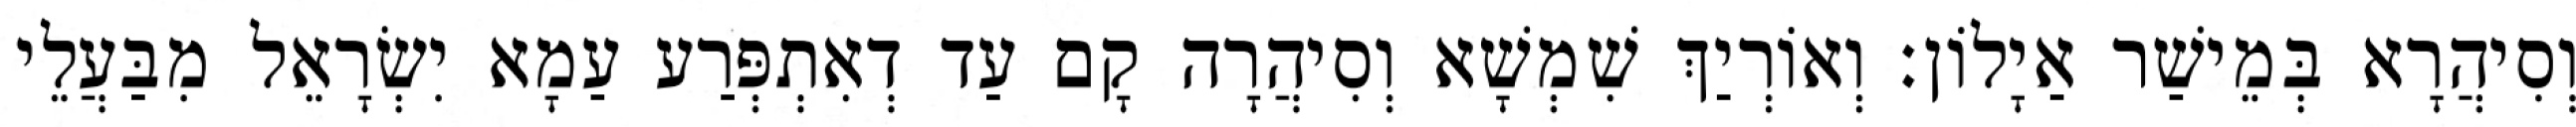
וְסִיהֲרָא בְּמֵישַׁר אַיָלוֹן׃ וְאוֹרְיַךְ שִׁמְשָׁא וְסִיהֲרָה קָם עַד דְאִתְפְּרַע עַמָא יִשְׂרָאֵל מִבַּעֲלֵי